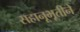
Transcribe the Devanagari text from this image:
सहानूभूतीने